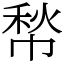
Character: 㡑